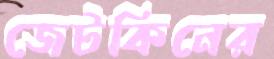
জেটকিনের